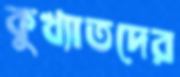
কুখ্যাতদের